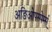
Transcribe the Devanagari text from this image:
अङिओपस्पेर्म्स्